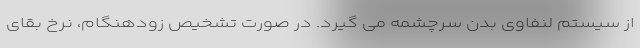
از سیستم لنفاوی بدن سرچشمه می گیرد. در صورت تشخیص زودهنگام، نرخ بقای